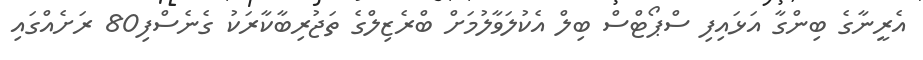
އެރީނާގެ ބިންގާ އަޅައިފި ސްޕޯޓްސް ބިލް އެކުލަވާލުމަށް ބްރެޒިލްގެ ތަޖުރިބާކާރަކު ގެނެސްފި80 ރަށެއްގައި